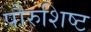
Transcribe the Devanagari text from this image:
पौरुशिष्ट